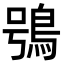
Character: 鴞